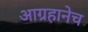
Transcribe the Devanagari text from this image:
आग्रहानेच